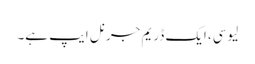
لیوسی، ایک ڈریم جرنل ایپ ہے۔